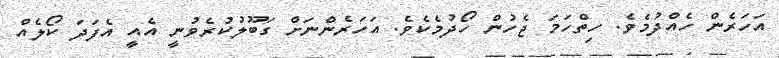
އަހަރެން ހެއްދުމެވެ. ހިތްހަމަ ޖެހުން ހޯދުމެކެވެ. އަހަރެންނަށް ގަބޫލުކުރެވުނީ އެއީ އެފަދަ ކޯލެއް